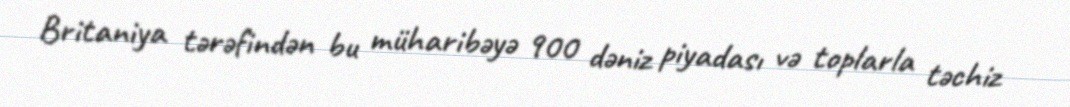
Britaniya tərəfindən bu müharibəyə 900 dəniz piyadası və toplarla təchiz